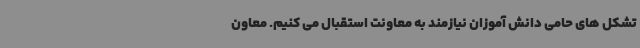
تشکل های حامی دانش آموزان نیازمند به معاونت استقبال می کنیم. معاون